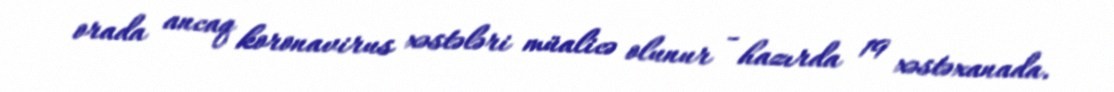
orada ancaq koronavirus xəstələri müalicə olunur - hazırda 19 xəstəxanada.